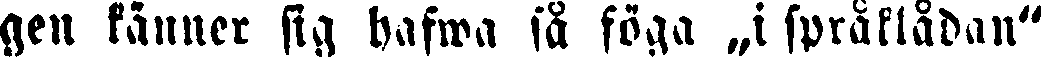
gen känner sig hafwa så föga „i språklådan"